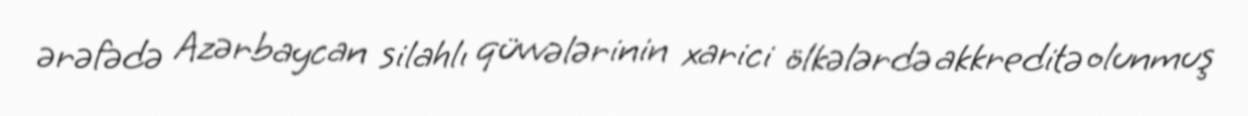
ərəfədə Azərbaycan silahlı qüvvələrinin xarici ölkələrdə akkreditə olunmuş